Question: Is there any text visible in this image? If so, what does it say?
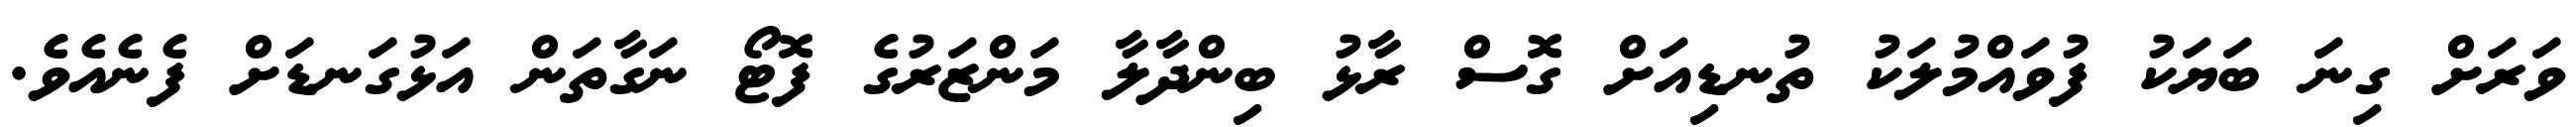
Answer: ވަރަށް ގިނަ ބަޔަކު ފުވައްމުލަކު ތުނޑިއަށް ގޮސް ރާޅު ބިންދާލާ މަންޒަރުގެ ފޮޓޯ ނަގާތަން އަޅުގަނޑަށް ފެނެއެވެ.